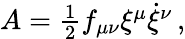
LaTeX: \begin{array}{r}{A=\frac{1}{2}f_{\mu\nu}\xi^{\mu}\dot{\xi}^{\nu}\, ,}\end{array}